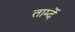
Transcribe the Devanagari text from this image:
तार्म्दे